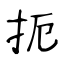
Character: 扼